Rangoon Lunatic Asylum 1893-1897 - 1893-1897
Year: 1893
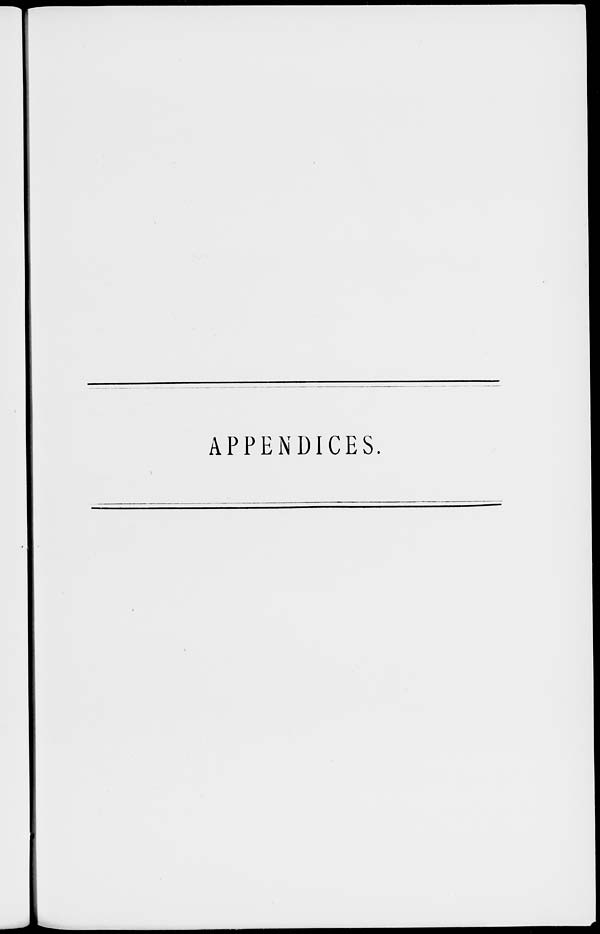
APPENDICES.